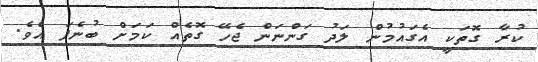
ކުރާ ގޮތަކީ އެގައުމުން ލަދު ގަންނަން ޖެހޭ ގޮތެއް ކަމަށް ބުނެފަ އެވެ.